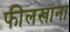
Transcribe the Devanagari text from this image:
फीलखाना